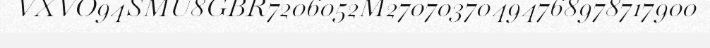
VXVO94SMU8GBR7206052M27070370494768978717900